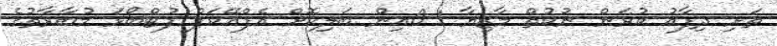
ތަށި ދިފާއު ކުރަން ނުކުތް މާޒިޔާ 1-0އިން ބަލިކޮށް އެފްއޭކަޕް ފުޓްބޯޅަ މުބާރާތުގެ